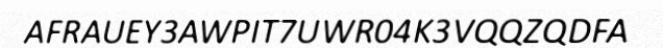
AFRAUEY3AWPIT7UWR04K3VQQZQDFA